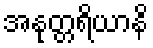
အနုတ္တရိယာနိ